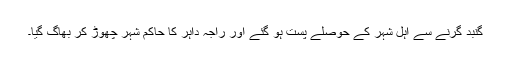
گنبد گرنے سے اہل شہر کے حوصلے پست ہو گئے اور راجہ داہر کا حاکم شہر چھوڑ کر بھاگ گیا۔